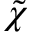
\tilde { \chi }